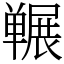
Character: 冁